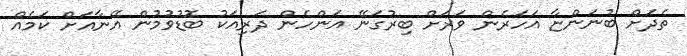
ތެދަށް ބުނަންޏާ އަހަރެން ވަރަށް ބިރުގަނޭ އަންހެން ދަރިއަކު ބޮޑުވުމުން އޭނާއަށް ކަމެއް